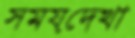
সময়দেখা